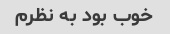
خوب بود به نظرم